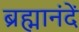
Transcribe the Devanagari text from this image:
ब्रह्मानंदें